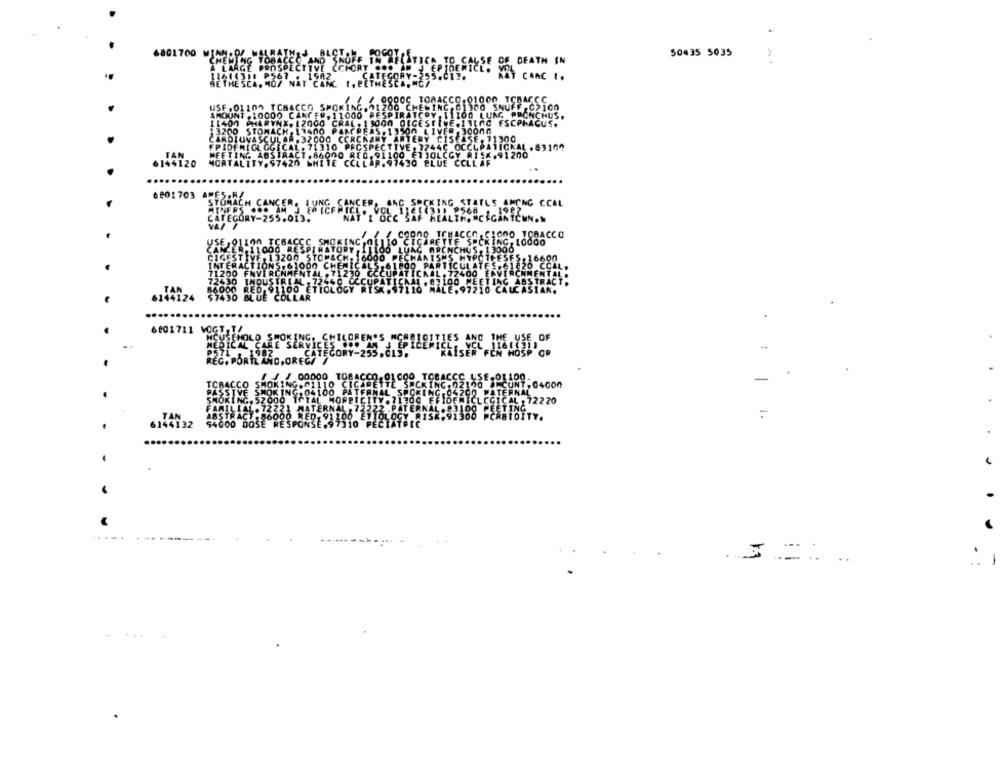
.
6801700 WI
50435 5035
DEATH IN
CANC 1 .
SPIR
6144120
6001 703 AME
CHING. STATUS ANONG CCAL
CIONO TOBACCO
KING, 10000
1 3000
.
6001711
-
2220
1.
6144132